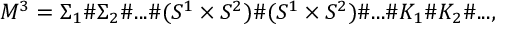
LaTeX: M ^ { 3 } = { \Sigma _ { 1 } } \# { \Sigma _ { 2 } } \# . . . \# ( S ^ { 1 } \times S ^ { 2 } ) \# ( S ^ { 1 } \times S ^ { 2 } ) \# . . . \# K _ { 1 } \# K _ { 2 } \# . . . ,